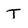
Character: T